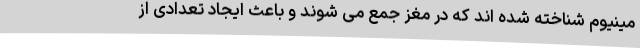
مینیوم شناخته شده اند که در مغز جمع می شوند و باعث ایجاد تعدادی از